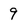
Character: 9